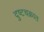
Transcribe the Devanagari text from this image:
दुष्टचक्रात